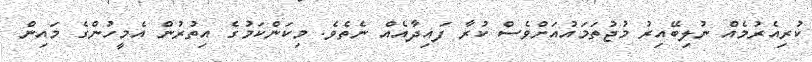
ކުރިއެރުމެއް ނުލިބޭއިރު މުޖުތަމައުއަށްވެސް ކުރާ ފައިދާއެއް ނެތެވެ. މިކަންކަމުގެ އިތުރުން އެމީހުންގެ މައިން